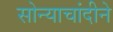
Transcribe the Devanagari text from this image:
सोन्याचांदीने